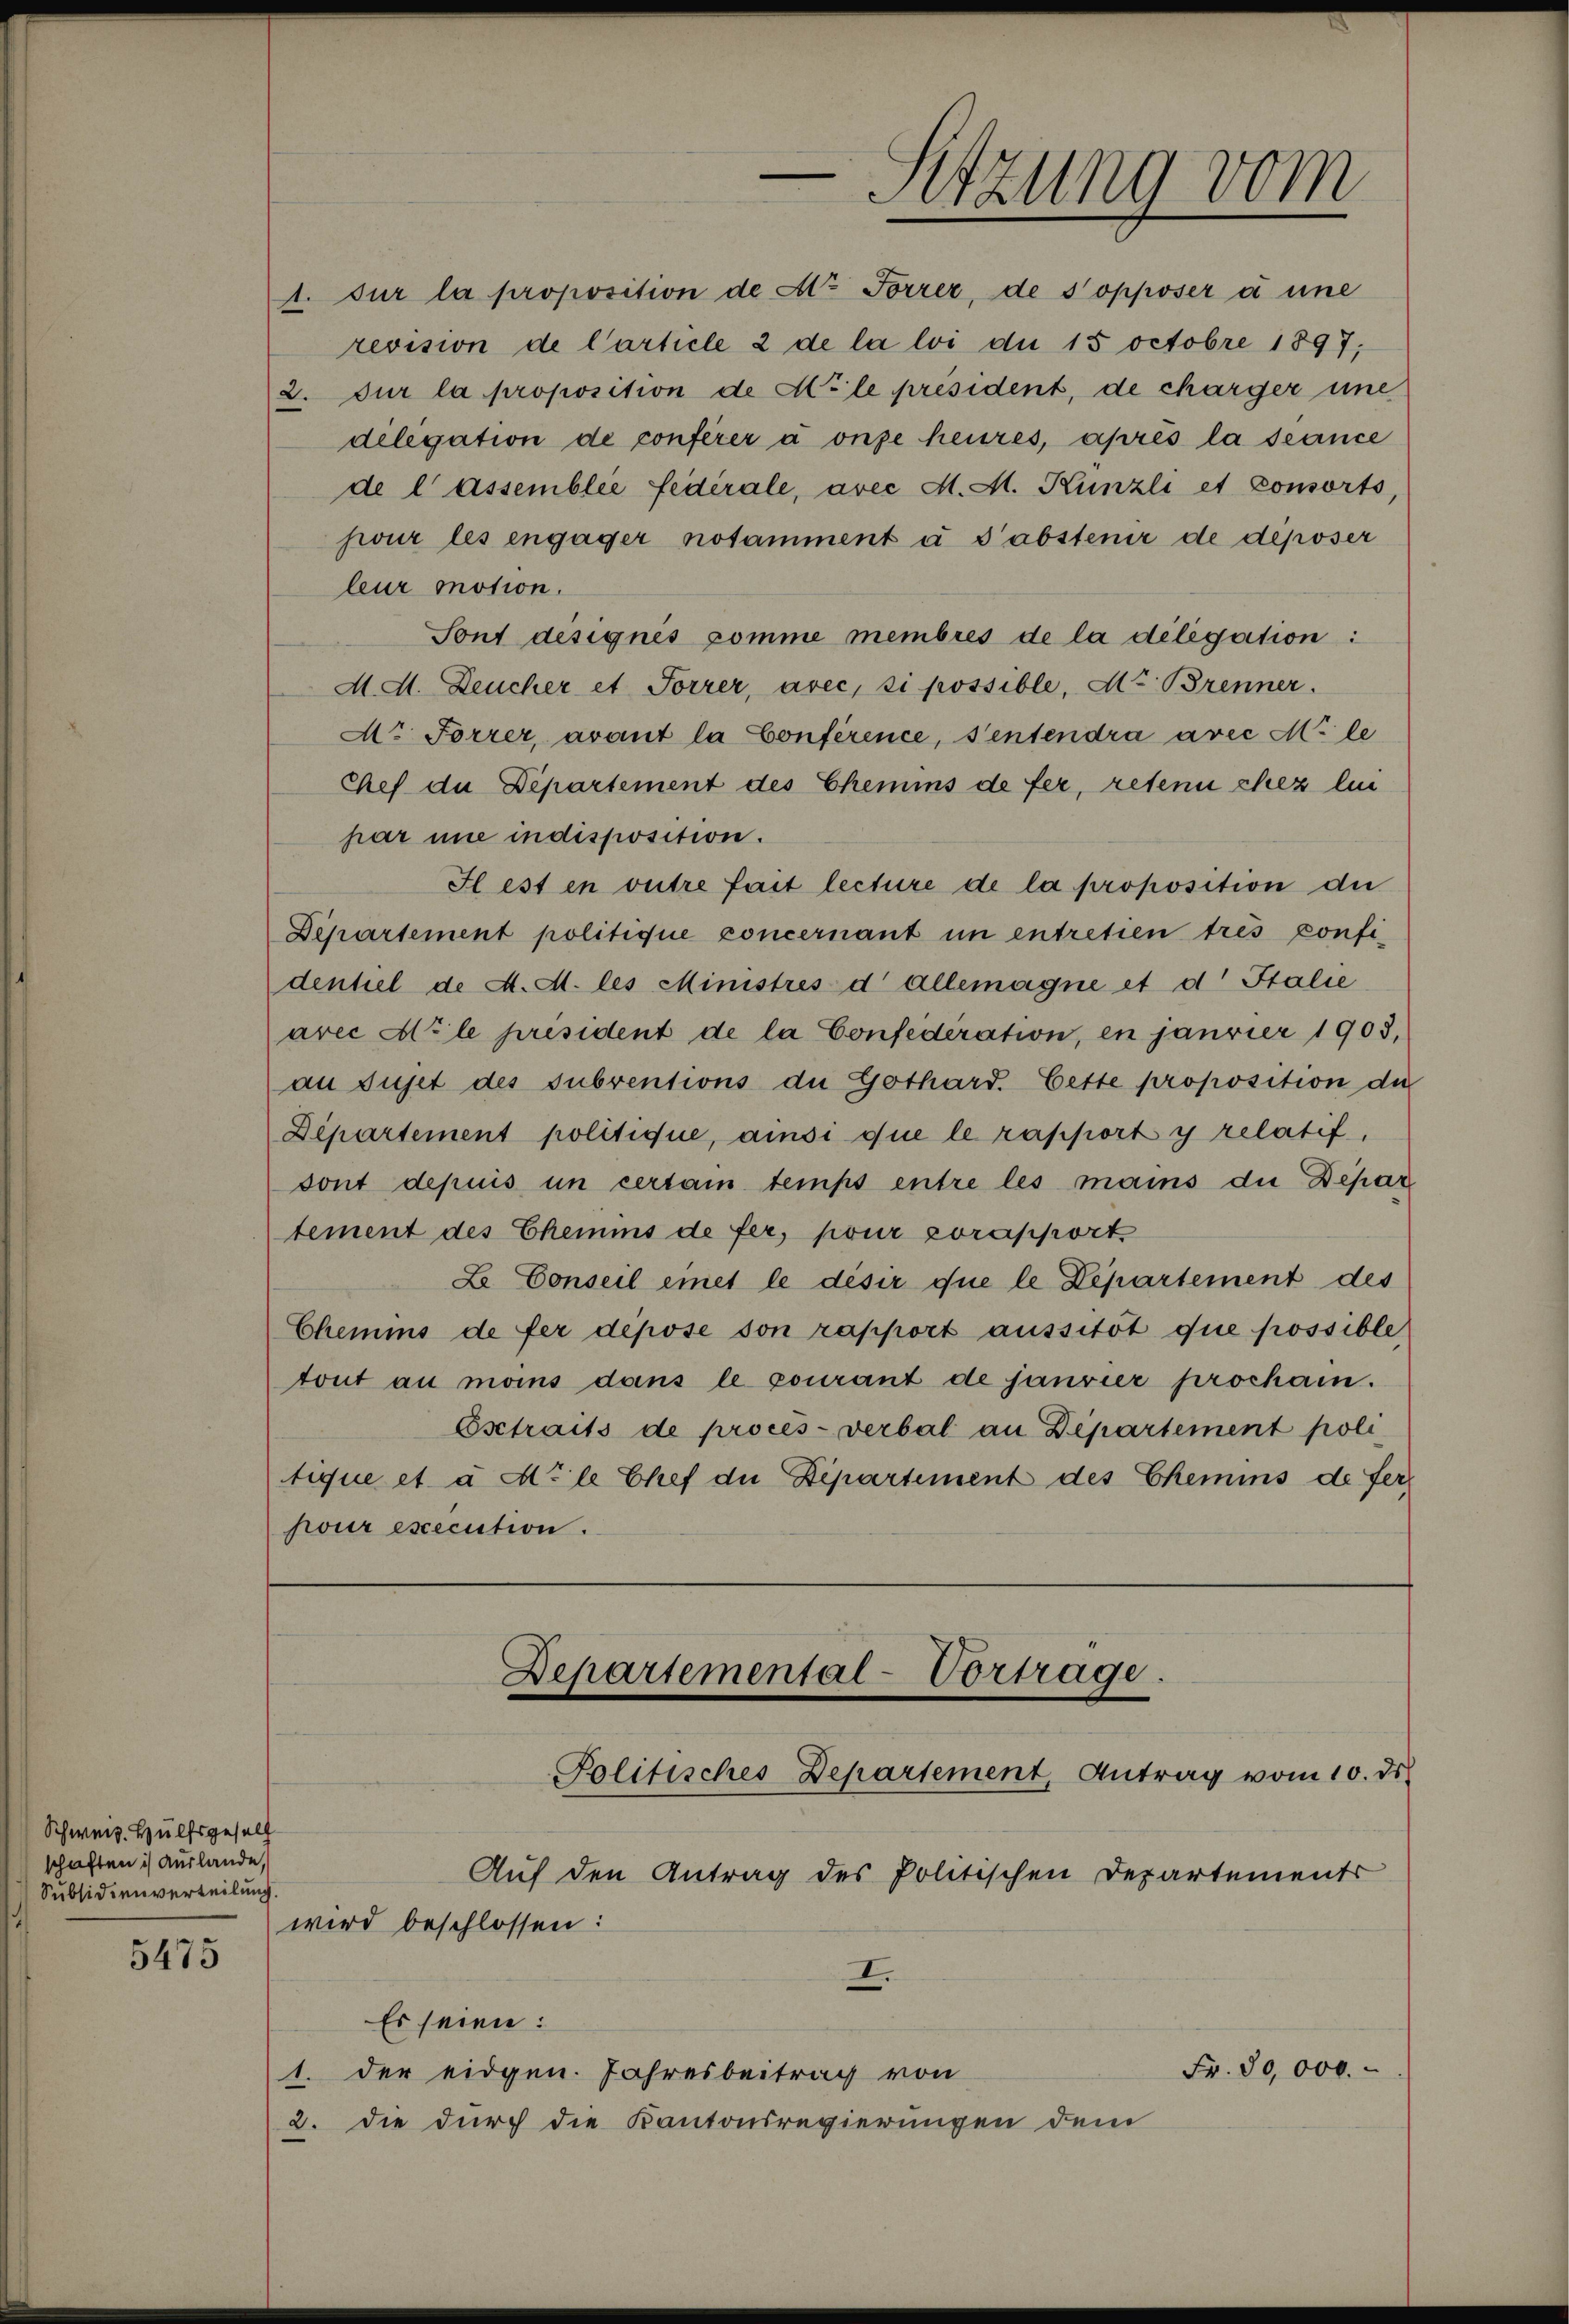
Schweiz. Hülfsgesell
schaften : Auslande,
Subsidienverteilung.

5475

1. sur la proposition de Ao Forrer, de sopposer à une
revision de Carticle 2 de la loi die 15 octobre 1897;
2. Dur la proposition de Mile président, de charger une
delegation de conferer à onze heures, après la scance
de lassemblée fédérale, avec M. M. Künzli et consorts,
pour les engager notamment à d’abstenir de déposer
leur motion.
Sont désignés comme membres de la delegation:
M. A. Deucher et Forrer, avec, si possible, dr. Brenner.
Ar Forrer, avant la Conférence, sentendra avec Mile
Chef du Departement des Chemins de fer, reten chez lin
par une indisposition.
Il est en outre fait lecture de la proposition die
Departement politique concernant in entretien trés confi
dentiel de A. A. les Ministres d allemagne et d Stalie
avec Azle président de la Confederation, en janvier 1903,
an Sujet des subventions der Gothard. Geste proposition die
Departement politique, ainsi que le rapport y relatif,
sont depuis un certain temps entre les mains die Depar
tement des Chemins de fer, pour zorapport
L. Conseil eines le désir que le Departement des
Chemis de fer depose son rapport aussitôt que possible
tout au moins dans le courant de janvier prochain.
Esetraits de procès-verbal an Departement poli
tique et à di le Chef die Departement des Chemins de ferjour execution.

Departemental-Vortrage.
Politisches Departement, Antrag vom 10. ds.

Auf den Antrag des Politischen Departements
wird beschlossen:
I.
Es seien:
Fr. 30,000.-
1. der eidgen. Jahresbeitrag von
2. die durch die Kantonsregierungen dem

-Sitzung vom